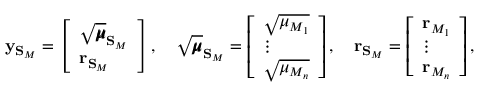
\mathbf { y } _ { \mathbf { S } _ { M } } = \left[ \begin{array} { l } { \sqrt { \pmb { \mu } } _ { \mathbf { S } _ { M } } } \\ { \mathbf { r } _ { \mathbf { S } _ { M } } } \end{array} \right] , \quad \sqrt { \pmb { \mu } } _ { \mathbf { S } _ { M } } = \left[ \begin{array} { l } { \sqrt { \mu _ { M _ { 1 } } } } \\ { \vdots } \\ { \sqrt { \mu _ { M _ { n } } } } \end{array} \right] , \quad \mathbf { r } _ { \mathbf { S } _ { M } } = \left[ \begin{array} { l } { \mathbf { r } _ { M _ { 1 } } } \\ { \vdots } \\ { \mathbf { r } _ { M _ { n } } } \end{array} \right] ,